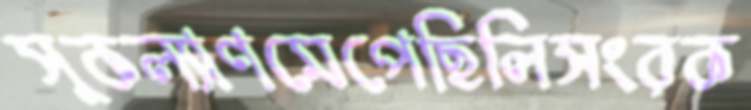
সুকল্যাণমেপেছিলিসংরক